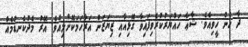
ދާ ހެން ހީވިއެވެ. ޝާޢާ ހައްޔަރުކުރެވިފައިވާ ގޮޅިއާއި ޒިޔަޒަން އަރާހަމަކޮށްލިއެވެ. އޭރު މެދުކެނޑުމެއް